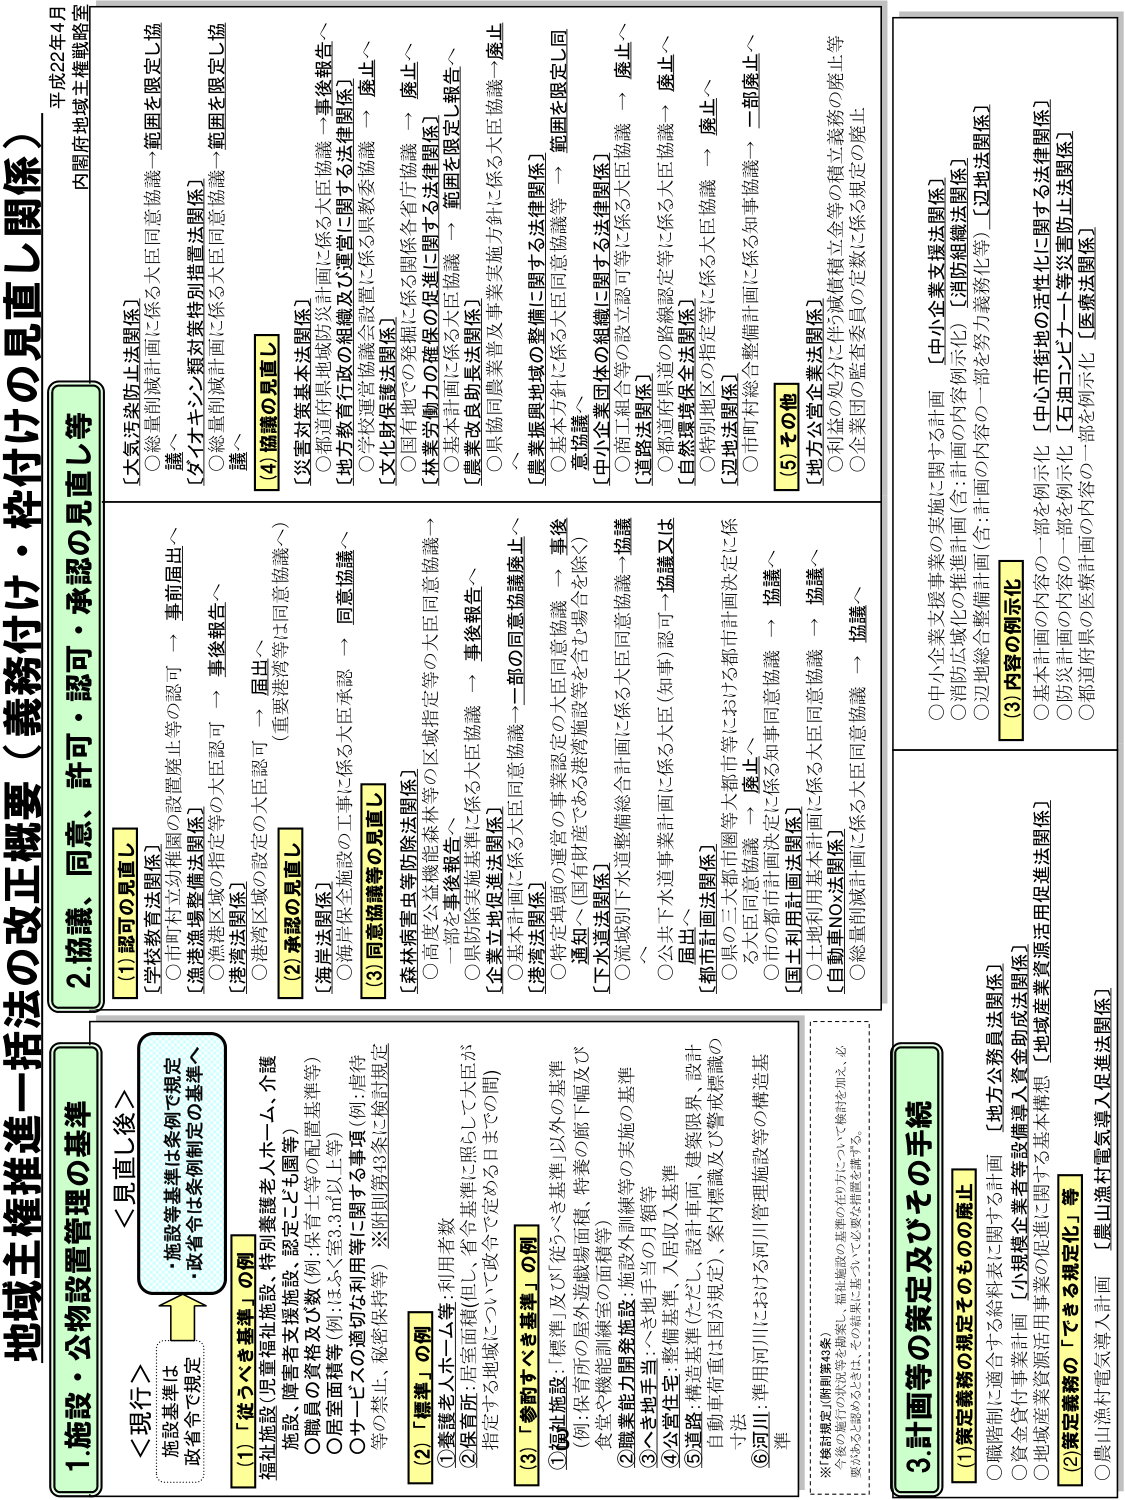
平成22年4月
内閣府地域主権戦略室

地域主権推進一括法の改正概要（義務付け・枠付けの見直し関係）

1. 施設・公物設置管理の基準
＜現行＞
・施設等基準は条例で規定
・政省令は条例制定の基準へ

(1)「従うべき基準」の例
福祉施設（児童福祉施設、特別養護老人ホーム、介護
施設、障害者支援施設、特定老人ホーム等）
○職員の資格及び数（例：保育士等の配置基準等）
○居室面積等（例：ほふく等3.3㎡以上等）
○サービスの適切な利用等（例：指定する地域について政令で定める日までの間）
等の基準は、秘密保持等）※細則第43条に検討規定

(2)「履歴」の例
①養護老人ホーム等：利用者数
②保育所：居室面積（但し、省令基準に照らして大臣が
指定する地域について政令で定める日までの間）

(3)「参酌すべき基準」の例
①福祉施設：「標準」及び「応うべき基準」以外の基準
（例：保育所の屋外遊戯場面積、特養の廊下幅及び
食事や機能訓練等の間接面等）
②職業能力開発施設：施設外訓練等の実施の基準
③へき地手当：へき地手当の月額等
④公営住宅：整備基準、入居収入基準
⑤道路：構造基準（ただし、設計車両、建築限界、設計
自転車車両は国が規定）、案内標識及び警戒標識の
手法
⑥河川：準用河川における河川管理施設等の構造基
準

※検討規定（附則第43条）
今後の施行の状況等を踏まえ、福祉施設の基準のうちについて検討を加え、必
要があると認められるときは、その基準に基づいて必要な措置を講ずる。

2. 協議、同意、認可・承認の見直し等
(1) 認可の見直し
【学校教育法関係】
○市町村立幼稚園の設置廃止等の認可 → 事前届出へ
【港湾法関係】
○漁港漁場整備法関係）
○漁港区域の指定等の大臣認可 → 事後報告へ
○港湾区域の設定の大臣認可 → 届出へ
（重要港湾等は同意協議へ）

(2) 承認の見直し
【海事法関係】
○海洋保全施設の工事に係る大臣承認 → 同意協議へ

(3) 同意協議等の見直し
【森林病害虫等防除法関係】
○高度公害機能森林等の区域指定等の大臣協議 →
一部を事後報告へ
【企業立地促進法関係】
○県の除実施基準に係る大臣協議 → 事後報告へ
【港湾法関係】
○特定埠頭の軍事の事業認定の大臣同意協議 → 事後
通知へ（国有財産である港湾施設等を含む場合を除く）
【下水道法関係】
○流域別下水道整備総合計画に係る大臣同意協議 → 協議
へ
【都市計画法関係】
○県の三大都市圏等における都市計画決定に係る
大臣同意協議 → 廃止へ
○市町村計画決定に係る知事同意協議 → 協議へ
【国土利用計画法関係】
○土地利用基本計画に係る大臣同意協議 → 協議へ
【自動車NOx法関係】
○総重制限計画に係る大臣同意協議 → 協議へ

【大気汚染防止法関係】
○総量削減計画に係る大臣同意協議 → 範囲を限定し協
議へ
【ダイオキシン類対策特別措置法関係】
○総量削減計画に係る大臣同意協議 → 範囲を限定し協
議へ

(4) 協議の見直し
【災害対策基本法関係】
○都道府県地震防災計画に係る大臣協議 → 事後報告へ
【地方教育行政の組織及び運営に関する法律関係】
○学校運営協議会設置に係る県教委協議 → 廃止へ
【文化財保護法関係】
○国有地での発掘に係る関係各省庁協議 → 廃止へ
【林業労働力の確保の促進に関する法律関係】
○基本計画に係る大臣協議 → 範囲を限定し報告へ
【農業改良助成法関係】
○県協同農業普及事業実施方針に係る大臣協議 → 廃止
へ
【農業振興地域の整備に関する法律関係】
○基本方針に係る大臣同意協議等 → 範囲を限定し同
意協議へ
【中小企業団体の組織に関する法律関係】
○商工組合等の設立認可等に係る大臣協議 → 廃止へ
【道府県関係】
○都道府県道の路線認定等に係る大臣協議 → 廃止へ
【自然環境保全法関係】
○特別地区の指定等に係る大臣協議 → 廃止へ
【立地法関係】
○市町村総合整備計画に係る知事協議 → 一部廃止へ

(5) その他
【地方公営企業法関係】
○利益の処分に伴う減債積立金等の積立義務の廃止等
○企業団の監査委員の定数に係る規定の廃止

3. 計画等の策定及びその手続
(1) 策定義務の規定そのものの廃止
○職階制に適合する給料表に関する計画 【地方公務員法関係】
○資金貸付事業計画 【小規模企業等設備導入資金助成法関係】
○地域産業資源活用事業に関する基本構想 【地域産業資源活用促進法関係】
(2) 策定義務の「できる規定化」等
○農山漁村電気導入計画 【農山漁村電気導入促進法関係】

(3) 内容の例示化
○中小企業支援事業の実施に関する計画 【中小企業支援法関係】
○消防広域化の推進計画（含：計画の内容例示化）【消防組織法関係】
○立地総合整備計画（含：計画の内容の一部を努力義務化等）【立地法関係】
○基本計画の内容の一部を例示化 【中心市街地の活性化に関する法律関係】
○防災計画の内容の一部を例示化 【石油コンビナート等災害防止法関係】
○都道府県の医療計画の内容の一部を例示化 【医療法関係】